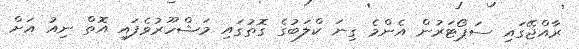
ރާއްޖޭގައި ސަޕޯޓަރުން އެންމެ ގިނަ ކްލަބުގެ ގޮތުގައި މަޝްހޫރުވެފައި އޮތް ނިއު އަށް